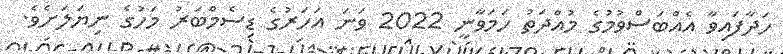
ހަދާފައިވާ އެއްބަސްވުމުގެ މުއްދަތު ހަމަވާނީ 2022 ވަނަ އަހަރުގެ ޑިސެމްބަރު މަހުގެ ނިޔަލަށެވެ.